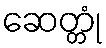
ဆေတ္တုံ